Report of the Indian Hemp Drugs Commission, 1894-1895 - Volume V
Year: 1894
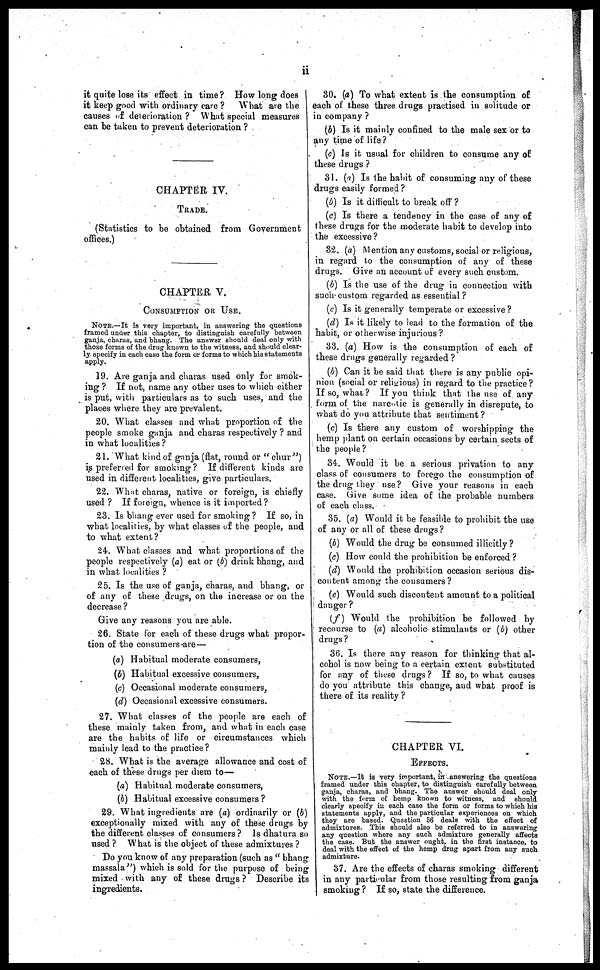
ii
it quite lose its effect in time? How long does
it keep good with ordinary care?
What are the
causes of deterioration ? What special measures
can be taken to prevent deterioration ?
CHAPTER IV.
TRADE.
(Statistics to be obtained from Government
offices.)
CHAPTER, V.
CONSUMPTION OR USE.
NOTE.—It is very important, in answering the questions
framed under this chapter, to distinguish carefully between
ganja, charas, and bhang. The answer should deal only with
those forms of the drug known to the witness, and should clear-
ly specify in each case the form or forms to which his statements
apply.
19. Are ganja and charas used only for smok-
ing ? If not, name any other uses to which either
is put, with particulars as to such uses, and the
places where they are prevalent.
20. What classes and what proportion of the
people smoke ganja and charas respectively ? and
in what localities ?
21. What kind of ganja (flat, round or "chur"")
is preferred for smoking? If different kinds are
used in different localities, give particulars.
22. What charas, native or foreign, is chiefly
used ? If foreign, whence is it imported?
23. Is bhang ever used for smoking? If so, in
what localities, by what classes of the people, and
to what extent?
24. What classes and what proportions of the
people respectively (a) eat or (b) drink bhang, and
in what localities ?
25. Is the use of ganja, charas, and bhang, or
of any of these drugs, on the increase or on the
decrease ?
Give any reasons you are able.
26. State for each of these drugs what propor-
tion of the consumers are—
(a) Habitual moderate consumers,
(b) Habitual excessive consumers,
(c) Occasional moderate consumers,
(d) Occasional excessive consumers.
27. What classes of the people are each of
these mainly taken from, and what in each case
are the habits of life or circumstances which
mainly lead to the practice?
28. What is the average allowance and cost of
each of these drugs per diem to—
(a) Habitual moderate consumers,
(b) Habitual excessive consumers ?
29. What ingredients are (a) ordinarily or (b)
exceptionally mixed with any of these drugs by
the different classes of consumers? Is dhatura so
used ? What is the object of these admixtures ?
Do you know of any preparation (such as" bhang
massala") which is sold for the purpose of being
mixed with any of these drugs ? Describe its
ingredients.
30. (a) To what extent is the consumption of
each of these three drugs practised in solitude or
in company ?
(b) Is it mainly confined to the male sex or to
any time of life?
(e) Is it usual for children to consume any of
these drugs ?
31. (a) Is the habit of consuming any of these
drugs easily formed ?
(b) Is it difficult to break off ?
(e) Is there a tendency in the case of any of
these drugs for the moderate habit to develop into
the excessive ?
32. (a) Mention any customs, social or religious,
in regard to the consumption of any of these
drugs. Give an account of every such custom.
(b) Is the use of the drug in connection with
such custom regarded as essential ?
(c) Is it generally temperate or excessive ?
(d) Is it likely to lead to the formation of the
habit, or otherwise injurious ?
33. (a) How is the consumption of each of
these drugs generally regarded ?
(b) Can it be said that there is any public opi-
nion (social or religious) in regard to the practice ?
If so, what? If you think that the use of any
form of the narcotic is generally in disrepute, to
what do you attribute that sentiment?
(c) Is there any custom of worshipping the
hemp plant on certain occasions by certain sects of
the people ?
34. Would it be a serious privation to any
class of consumers to forego the consumption of
the drug they use ? Give your reasons in each
case. Give some idea of the probable numbers
of each class.
35. (a) Would it be feasible to prohibit the use
of any or all of these drugs ?
(b) Would the drug be consumed illicitly ?
(c) How could the prohibition be enforced ?
(d) Would the prohibition occasion serious dis-
content among the consumers?
(e) Would such discontent amount to a political
danger?
(f) Would the prohibition be followed by
recourse to (a) alcoholic stimulants or (b) other
drugs ?
36. Is there any reason for thinking that al-
cohol is now being to a certain extent substituted
for any of these drugs? If so, to what causes
do you attribute this change, and what proof is
there of its reality ?
CHAPTER VI.
EFFECTS.
NOTE.—It is very important, in answering the questions
framed under this chapter, to distinguish carefully between
ganja, charas, and bhang. The answer should deal only
with the form of hemp known to witness, and should
clearly specify in each case the form or forms ho which his
statements apply, and the particular experiences on which
they are based. Question 56 deals with the effect of
admixtures. This should also be referred to in answering
any question where any such admixture generally affects
the case. But the answer ought, in the first instance, to
deal with the effect of the hemp drug apart from any such
admixture.
37. Are the effects of charas smoking different
in any particular from those resulting from ganja
smoking ? If so, state the difference.